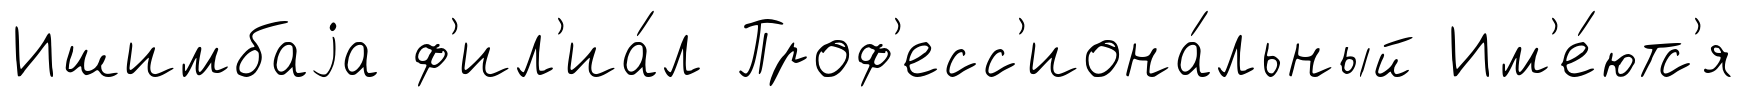
Ишимбаjа ф'ил'иа́л Проф'есс'иона́льный Им'е́ютс'я